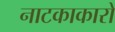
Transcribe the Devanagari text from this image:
नाटकाकारों